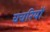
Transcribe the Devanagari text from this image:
चचरियों